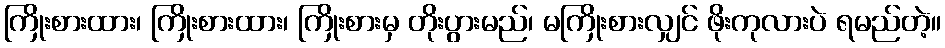
ကြိုးစားထား၊ ကြိုးစားထား၊ ကြိုးစားမှ တိုးပွားမည်၊ မကြိုးစားလျှင် ဖိုးကုလားပဲ ရမည်တဲ့။